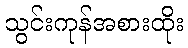
သွင်းကုန်အစားထိုး